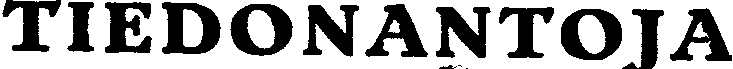
TIEDONANTOJA